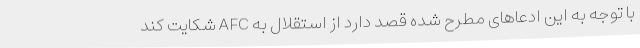
با توجه به این ادعاهای مطرح شده قصد دارد از استقلال به AFC شکایت کند